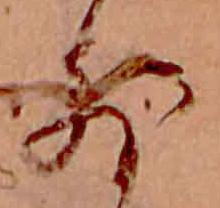
外